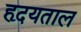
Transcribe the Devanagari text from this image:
हृदयताल